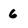
Character: 6